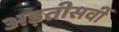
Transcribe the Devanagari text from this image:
अड़तीसवीं